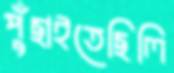
পুঁছাইতেছিলি